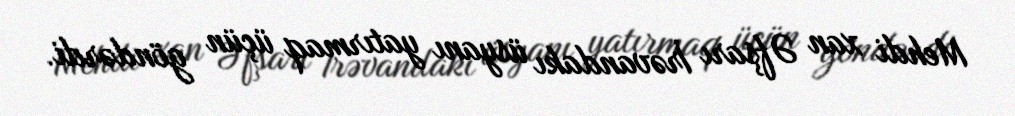
Mehdi xan Əfşarı İrəvandakı üsyanı yatırmaq üçün göndərdi.